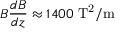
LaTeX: B { \frac { d B } { d z } } \approx 1 4 0 0 \ \mathrm { T ^ { 2 } / m }